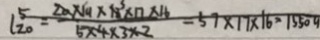
l _ { 2 0 } ^ { 5 } = \frac { 2 0 \times 1 9 \times 1 8 \times 1 7 \times 1 6 } { 5 \times 4 \times 3 \times 2 } = 5 9 \times 1 7 \times 1 6 = 1 5 5 0 9